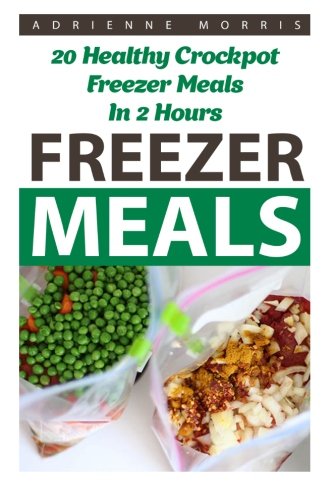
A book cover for Freezer Meals: 20 Healthy Crockpot Freezer Meals In 2 Hours: (Freezer Recipes, 365 Days of Quick & Easy, Make Ahead, Freezer Meals) (freezer crockpot ... cookbook for two, dump dinners cookbook); Adrienne Morris; Cookbooks, Food & Wine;